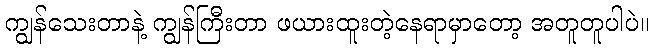
ကျွန်သေးတာနဲ့ ကျွန်ကြီးတာ ဖယားထူးတဲ့နေရာမှာတော့ အတူတူပါပဲ။